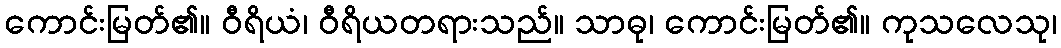
ကောင်းမြတ်၏။ ဝီရိယံ၊ ဝီရိယတရားသည်။ သာဓု၊ ကောင်းမြတ်၏။ ကုသလေသု၊